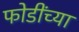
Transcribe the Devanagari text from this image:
फोडींच्या